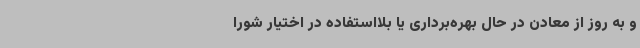
و به روز از معادن در حال بهره‌برداری یا بلااستفاده در اختیار شورا